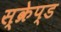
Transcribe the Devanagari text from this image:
स्क्रेप्ड